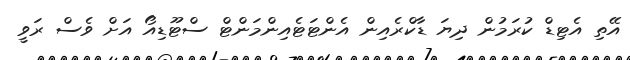
އޭތި އެޓިޑް ކުރަމުން ދިޔަ ޑާކްރެއިން އެންޓަޓެއިންމަންޓް ސްޓޫޑިއޯ އަށް ވެސް ރަވީ